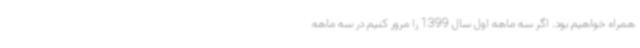
همراه خواهیم بود. اگر سه ماهه اول سال 1399 را مرور کنیم در سه ماهه